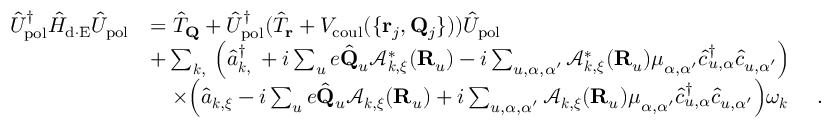
\begin{array} { r l } { \hat { U } _ { \mathrm { p o l } } ^ { \dagger } \hat { H } _ { \mathrm { d \cdot E } } \hat { U } _ { \mathrm { p o l } } } & { = \hat { T } _ { \bf Q } + \hat { U } _ { \mathrm { p o l } } ^ { \dagger } ( \hat { T } _ { \bf r } + V _ { \mathrm { c o u l } } ( \{ { { \bf r } _ { j } , { \bf Q } _ { j } } \} ) ) \hat { U } _ { \mathrm { p o l } } } \\ & { + \sum _ { { \boldsymbol k } , { \bf \xi } } \Big ( \hat { a } _ { { \boldsymbol k } , { \bf \xi } } ^ { \dagger } + i \sum _ { u } e \hat { \bf Q } _ { u } \mathcal { A } _ { { \boldsymbol k } , { \boldsymbol \xi } } ^ { * } ( { \bf R } _ { u } ) - i \sum _ { u , \alpha , \alpha ^ { \prime } } \mathcal { A } _ { { \boldsymbol k } , { \boldsymbol \xi } } ^ { * } ( { \bf R } _ { u } ) { \boldsymbol \mu } _ { \alpha , \alpha ^ { \prime } } \hat { c } _ { u , \alpha } ^ { \dagger } \hat { c } _ { u , \alpha ^ { \prime } } \Big ) } \\ & { ~ ~ ~ \times \Big ( \hat { a } _ { { \boldsymbol k } , { \boldsymbol { \xi } } } - i \sum _ { u } e \hat { \bf Q } _ { u } \mathcal { A } _ { { \boldsymbol k } , { \boldsymbol \xi } } ( { \bf R } _ { u } ) + i \sum _ { u , \alpha , \alpha ^ { \prime } } \mathcal { A } _ { { \boldsymbol k } , { \boldsymbol \xi } } ( { \bf R } _ { u } ) { \boldsymbol \mu } _ { \alpha , \alpha ^ { \prime } } \hat { c } _ { u , \alpha } ^ { \dagger } \hat { c } _ { u , \alpha ^ { \prime } } \Big ) \omega _ { \boldsymbol k } ~ ~ ~ ~ . } \end{array}